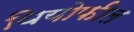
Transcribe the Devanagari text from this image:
थियोफील